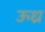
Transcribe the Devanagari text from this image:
ऊध्र